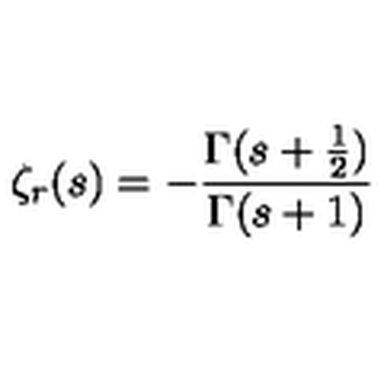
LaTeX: \zeta _ { r } ( s ) = - { \frac { \Gamma ( s + { \frac { 1 } { 2 } } ) } { \Gamma ( s + 1 ) } }